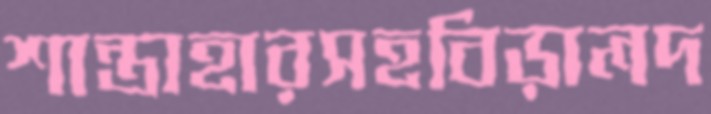
শান্তাহারসহবিড়ালদ